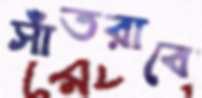
সাঁতরাবে